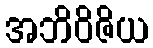
အဘိဝိဇိယ